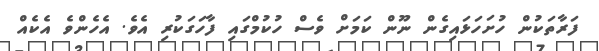
ފަރާތަކުން ހުށަހަޅައިގެން ނޫން ކަމަށް ވެސް ހުކުމްގައި ފާހަގަކުރި އެވެ. އެހެންވެ އެކެއް